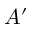
A ^ { \prime }